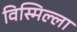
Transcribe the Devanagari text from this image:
विस्मिल्ला